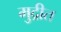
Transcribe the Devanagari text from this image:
मुद्रीत